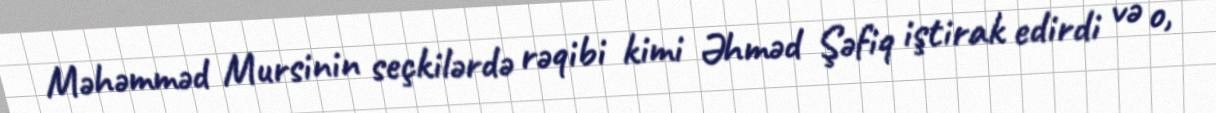
Məhəmməd Mursinin seçkilərdə rəqibi kimi Əhməd Şəfiq iştirak edirdi və o,